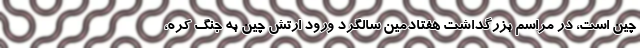
چین است، در مراسم بزرگداشت هفتادمین سالگرد ورود ارتش چین به جنگ کره،